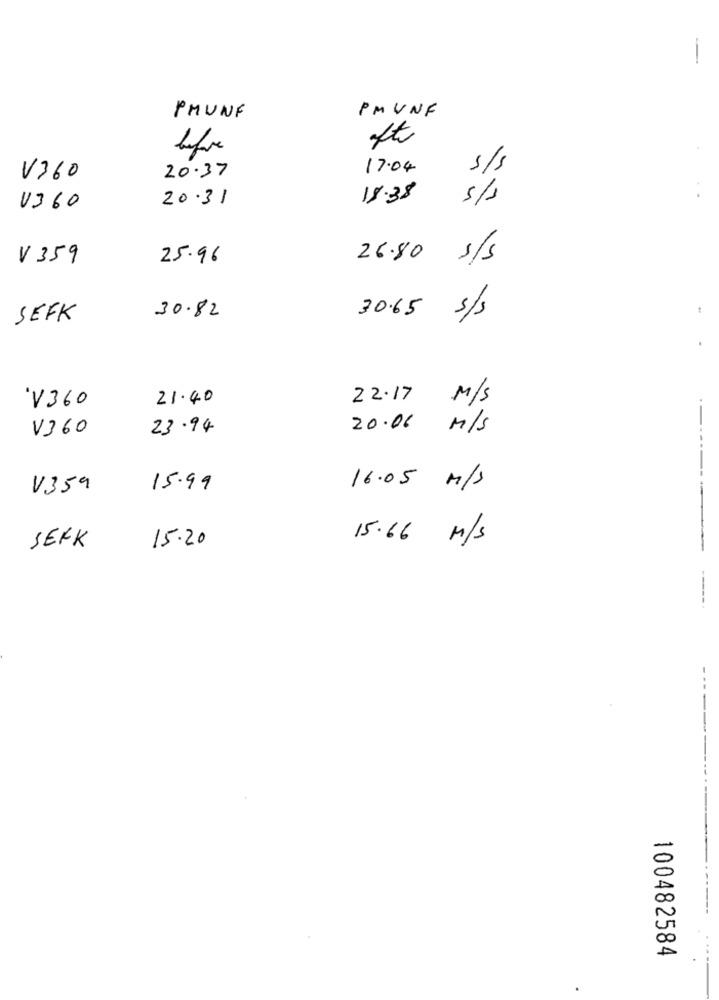
-
PMUNF
PMUNF
oft
20.37
17.04
s/s
V360
20.31
18.38
5/5
V360
V 359
25.96
26.80 5/5
SEFK
30.82
30.65 3/5
V360
21.40
22.17
M/S
V360
23.94
20.06
M/S
V359
15.99
16.05 M/S
-
15.20
15.66 M/S
SEFK
100482584